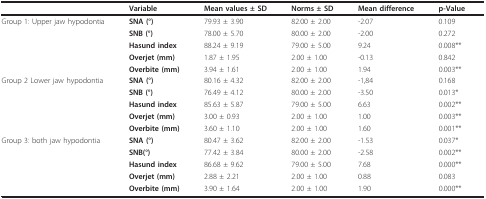
|  | Variable | Mean values ± SD | Norms ± SD | Mean difference | p-Value |
 | --- | --- | --- | --- | --- | --- |
 | Group 1: Upper jaw hypodontia | SNA (°) | 79.93 ± 3.90 | 82.00 ± 2.00 | -2.07 | 0.109 |
 |  | SNB (°) | 78.00 ± 5.70 | 80.00 ± 2.00 | -2.00 | 0.272 |
 |  | Hasund index | 88.24 ± 9.19 | 79.00 ± 5.00 | 9.24 | 0.008** |
 |  | Overjet (mm) | 1.87 ± 1.95 | 2.00 ± 1.00 | -0.13 | 0.842 |
 |  | Overbite (mm) | 3.94 ± 1.61 | 2.00 ± 1.00 | 1.94 | 0.003** |
 | Group 2 Lower jaw hypodontia | SNA (°) | 80.16 ± 4.32 | 82.00 ± 2.00 | -1,84 | 0.168 |
 |  | SNB (°) | 76.49 ± 4.12 | 80.00 ± 2.00 | -3.50 | 0.013* |
 |  | Hasund index | 85.63 ± 5.87 | 79.00 ± 5.00 | 6.63 | 0.002** |
 |  | Overjet (mm) | 3.00 ± 0.93 | 2.00 ± 1.00 | 1.00 | 0.003** |
 |  | Overbite (mm) | 3.60 ± 1.10 | 2.00 ± 1.00 | 1.60 | 0.001** |
 | Group 3: both jaw hypodontia | SNA (°) | 80.47 ± 3.62 | 82.00 ± 2.00 | -1.53 | 0.037* |
 |  | SNB(°) | 77.42 ± 3.84 | 80.00 ± 2.00 | -2.58 | 0.002** |
 |  | Hasund index | 86.68 ± 9.62 | 79.00 ± 5.00 | 7.68 | 0.000** |
 |  | Overjet (mm) | 2.88 ± 2.21 | 2.00 ± 1.00 | 0.88 | 0.083 |
 |  | Overbite (mm) | 3.90 ± 1.64 | 2.00 ± 1.00 | 1.90 | 0.000** |